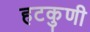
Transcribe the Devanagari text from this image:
हटकुणी